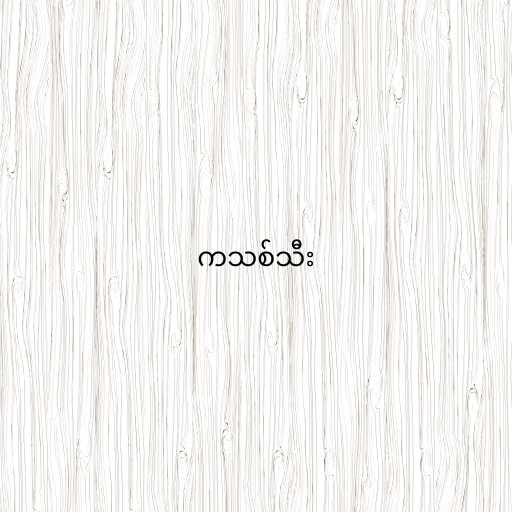
ကသစ်သီး